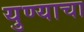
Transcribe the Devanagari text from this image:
युण्याचा